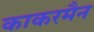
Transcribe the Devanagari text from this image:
काकरमैन